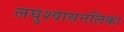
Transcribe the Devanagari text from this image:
लघुश्वासनलिका